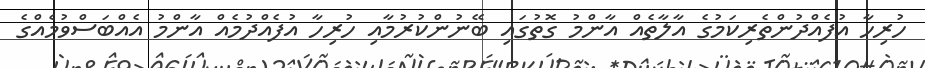
ހުރިހާ އުފެއްދުންތެރިކަމުގެ އާލާތެއް އާންމު ގޮތުގައި ބޭނުންކުރުމާއި ހުރިހާ އުފެއްދުމެއް އާންމު އެއްބަސްވުމެއްގެ